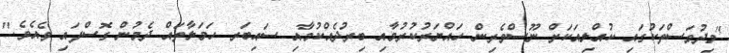
"މިދުވަސްތަކުގައި ކުއްލިއަކަށް ނޫސްވެރިން ހައްޔަރުކުރުމާއި ބިރުދެއްކުމާއި ސައިބަރ ހަމަލާތައް ދެމުން ގޮސްފައި ވެއެވެ."